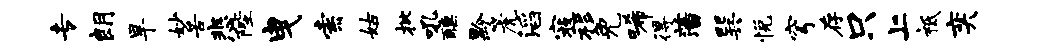
专朗旱妙苦悲陛曳索姑批吼醺黔篪滔寇移免唏得藩巽悦穹存只上祗奕